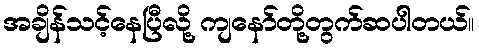
အချိန်သင့်နေပြီလို့ ကျနော်တို့တွက်ဆပါတယ်။